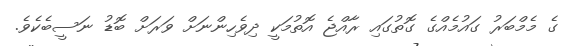
ގެ މެމްބަރު ގައުމެއްގެ ގޮތުގައި ރާއްޖެ އޮތުމަކީ ދިވެހިންނަށް ވަރަށް ބޮޑު ނަސީބެކެވެ.